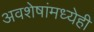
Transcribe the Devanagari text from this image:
अवशेषांमध्येही